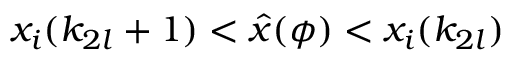
x _ { i } ( k _ { 2 l } + 1 ) < \hat { x } ( \phi ) < x _ { i } ( k _ { 2 l } )